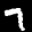
Label: 7